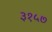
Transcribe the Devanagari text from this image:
३१५७